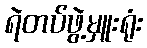
ရဲတပ်ဖွဲ့မှူးရုံး